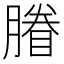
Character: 膡